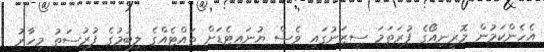
އެހެންކަމުން މޮރީނިއޯގެ ފުރަތަމަ ސީޒަނުގައި ވެސް ޔުނައިޓެޑަށް ތައްޓެއްގެ ލިބުމުގެ ފުރުސަތު މިހާރު